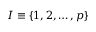
I \equiv \{ 1 , 2 , \dots , p \}